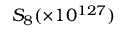
S _ { 8 } ( \times 1 0 ^ { 1 2 7 } )